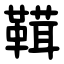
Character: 䩸